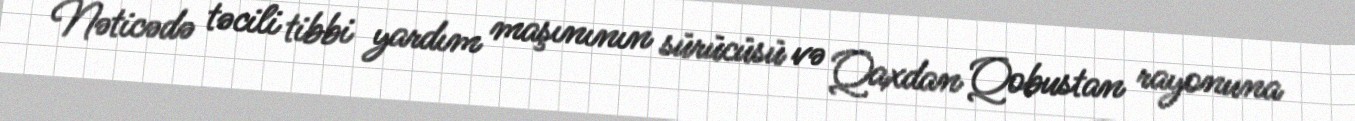
Nəticədə təcili tibbi yardım maşınının sürücüsü və Qaxdan Qobustan rayonuna